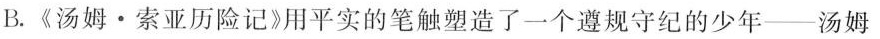
B.《汤姆·索亚历险记》用平实的笔触塑造了一个遵规守纪的少年——汤姆